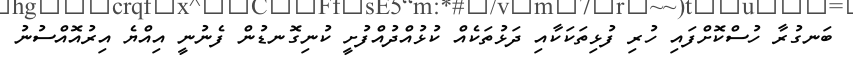
ބަނގުރާ ހުސްކޮށްފައި ހުރި ފުޅިތަކަކާއި ދަޅުތަކެއް ކުޅުއްދުއްފުށީ ކުނިގޮނޑުން ފެނުނީ އިއްޔެ އިރުއޮއްސުނު